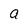
Character: a